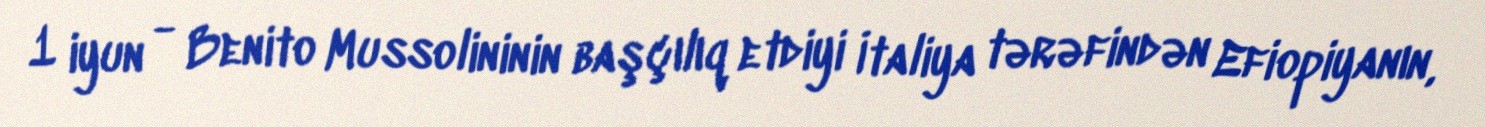
1 iyun - Benito Mussolininin başçılıq etdiyi İtaliya tərəfindən Efiopiyanın,